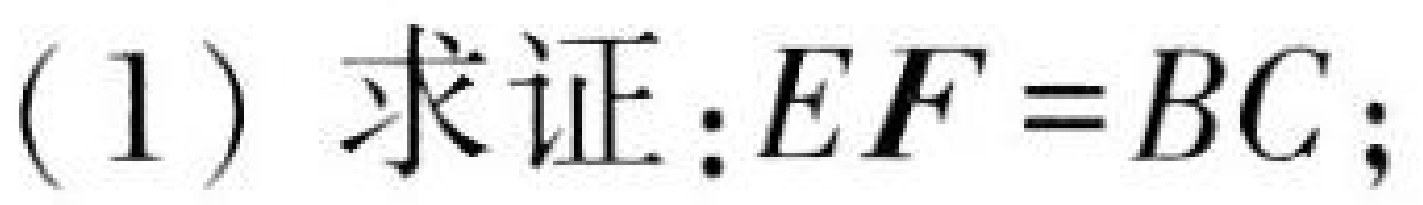
(1) 求证：\(EF = BC\)；